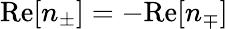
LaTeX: \mathrm{Re}[n_{\pm}]=-\mathrm{Re}[n_{\mp}]